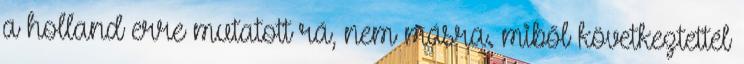
a holland erre mutatott rá, nem másra. miből következtettél